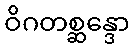
ဝိဂတစ္ဆန္ဒော